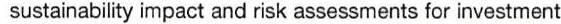
sustainability impact and risk assessments for investment